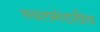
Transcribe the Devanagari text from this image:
स्थलमंडलीय